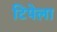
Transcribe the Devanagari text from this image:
टिपेला